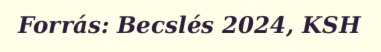
Forrás: Becslés 2024, KSH